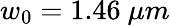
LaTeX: w_{0}=1.46~\mu m